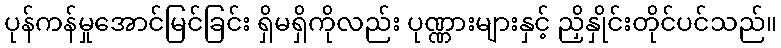
ပုန်ကန်မှုအောင်မြင်ခြင်း ရှိမရှိကိုလည်း ပုဏ္ဏားများနှင့် ညှိနှိုင်းတိုင်ပင်သည်။